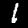
Digit: 1